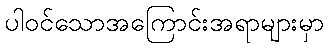
ပါဝင်သောအကြောင်းအရာများမှာ